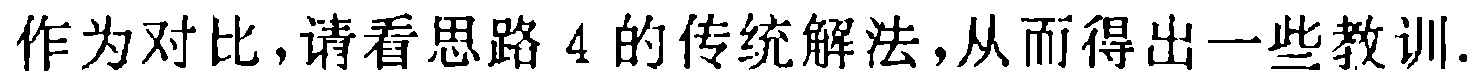
作为对比,请看思路 4 的传统解法,从而得出一些教训.